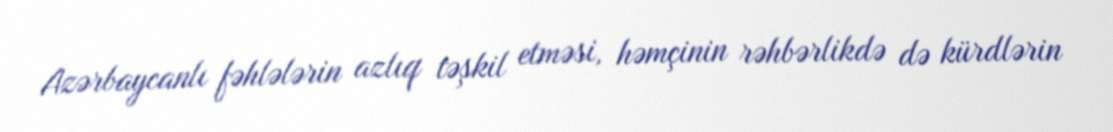
Azərbaycanlı fəhlələrin azlıq təşkil etməsi, həmçinin rəhbərlikdə də kürdlərin